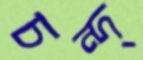
চন্দ্